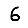
Digit: 6